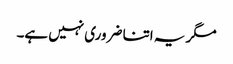
مگر یہ اتنا ضروری نہیں ہے۔